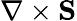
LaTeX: \nabla\times\mathbf S